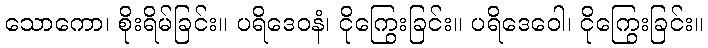
သောကော၊ စိုးရိမ်ခြင်း။ ပရိဒေဝနံ၊ ငိုကြွေးခြင်း။ ပရိဒေဝေါ၊ ငိုကြွေးခြင်း။